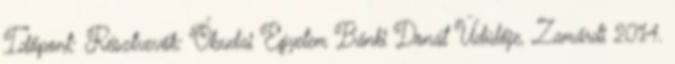
Időpont: Résztvevők: Óbudai Egyetem Bánki Donát Üdülője, Zamárdi 2014.